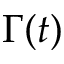
\Gamma ( t )